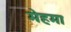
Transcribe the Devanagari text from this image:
मेहमा